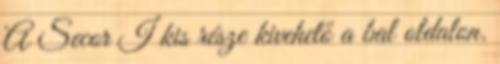
A Secor I kis része kivehető a bal oldalon.